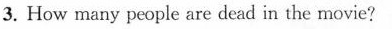
3. How many people are dead in the movie?